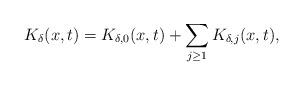
LaTeX: \begin{align*}K_\delta(x,t)=K_{\delta,0}(x,t)+\sum_{j \geq 1}K_{\delta,j}(x,t),\end{align*}